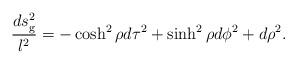
LaTeX: \begin{align*}{ds^2_{\rm g} \over l^2} = - \cosh^2 \rho d\tau^2 + \sinh^2 \rho d\phi^2 + d\rho^2.\end{align*}